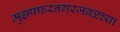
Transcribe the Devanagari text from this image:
मुझफ्फरनगरजवळच्या